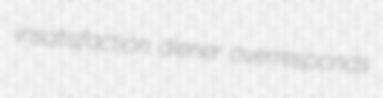
insatisfaction diener overresponds